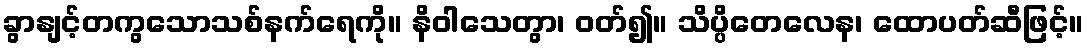
ခွာနျင့်တကွသောသစ်နက်ရေကို။ နိဝါသေတွာ၊ ဝတ်၍။ သိပ္ပိတေလေန၊ ထောပတ်ဆီဖြင့်။